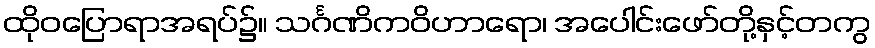
ထိုဝပြောရာအရပ်၌။ သင်္ဂဏိကဝိဟာရော၊ အပေါင်းဖော်တို့နှင့်တကွ